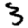
Digit: 3